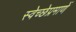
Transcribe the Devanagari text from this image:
स्वेच्छेप्रमाणें